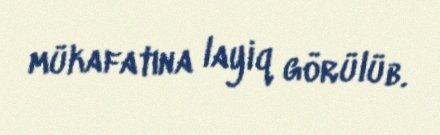
mükafatına layiq görülüb.